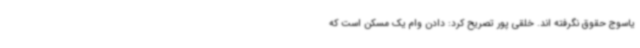
یاسوج حقوق نگرفته اند. خلقی پور تصریح کرد: دادن وام یک مسکن است که